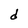
Character: d